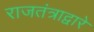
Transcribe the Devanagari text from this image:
राजतंत्राद्वारे